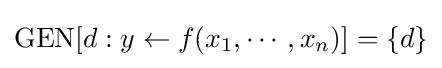
{\rm {GEN}}[d:y\leftarrow f(x_{1},\cdots ,x_{n})]=\{d\}